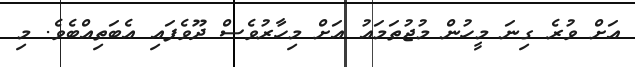
އަށް ވުރެ ގިނަ މީހުން މުޖުތަމައު އަށް މިހާރުވެސް ދޫވެފައި އެބަތިއްބެވެ. މި